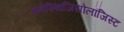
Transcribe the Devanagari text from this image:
एनेस्थिजियोलॉजिस्ट